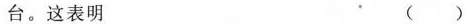
台。这表明 ( )